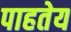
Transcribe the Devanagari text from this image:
पाहतेय